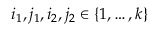
i _ { 1 } , j _ { 1 } , i _ { 2 } , j _ { 2 } \in \{ 1 , \ldots , k \}